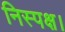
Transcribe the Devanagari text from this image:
निस्पक्ष।